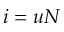
i = u N